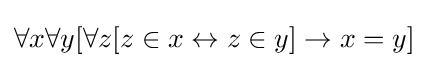
\forall x\forall y[\forall z[z\in x\leftrightarrow z\in y]\rightarrow x=y]